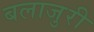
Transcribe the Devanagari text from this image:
बलाजुरी